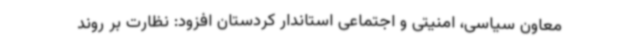
معاون سیاسی، امنیتی و اجتماعی استاندار کردستان افزود: نظارت بر روند